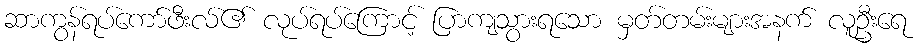
ဆာကွန်ရပ်ကော်ဖီးလ်၏ လုပ်ရပ်ကြောင့် ပြာကျသွားရသော မှတ်တမ်းများအနက် လူဦးရေ